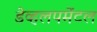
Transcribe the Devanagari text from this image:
डेव्हलपमेंटल